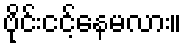
ဗိုင်းငင့်နေမလား။